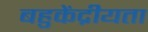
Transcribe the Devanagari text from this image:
बहुकेंद्रीयता